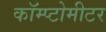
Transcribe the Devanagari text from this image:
कॉम्प्टोमीटर